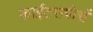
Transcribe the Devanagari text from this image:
काईटसर्फर्स